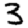
Digit: 3